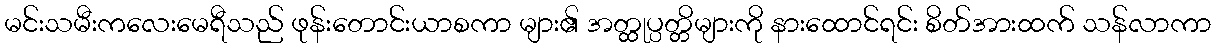
မင်းသမီးကလေးမေရီသည် ဖုန်းတောင်းယာစကာ များ၏ အတ္ထုပ္ပတ္တိများကို နားထောင်ရင်း စိတ်အားထက် သန်လာကာ